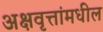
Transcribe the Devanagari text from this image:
अक्षवृत्तांमधील